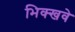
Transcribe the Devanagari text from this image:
भिक्खवे